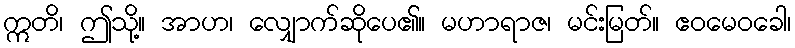
ဣတိ၊ ဤသို့။ အာဟ၊ လျှောက်ဆိုပေ၏။ မဟာရာဇ၊ မင်းမြတ်။ ဧဝမေဝခေါ၊